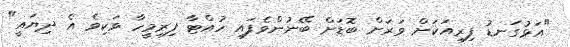
"އަޅުގަނޑު ފިރިއަކަށް ވަރަށް ބޮޑަށް ބޭނުންވެފައި ހުއްޓާ ފިރިމީހާ ވަކިވެ އެ ދިޔައީ"